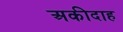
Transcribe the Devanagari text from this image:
अकीदाह